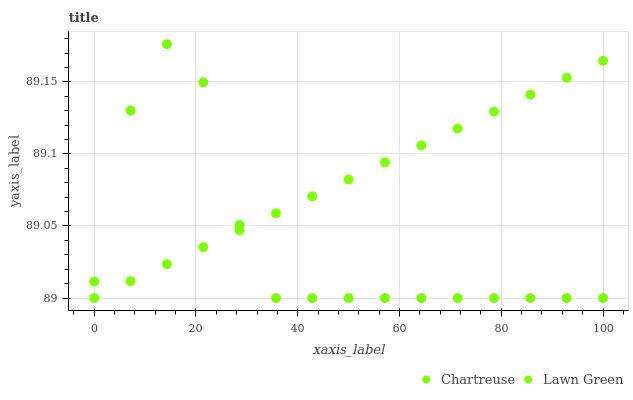
| xaxis_label | Chartreuse | Lawn Green |
 | --- | --- | --- |
 | 0 | 89 | 89 |
 | 7.14 | 89 | 89.1 |
 | 14.3 | 89 | 89.2 |
 | 21.4 | 89 | 89.1 |
 | 28.6 | 89 | 89.1 |
 | 35.7 | 89.1 | 89 |
 | 42.9 | 89.1 | 89 |
 | 50 | 89.1 | 89 |
 | 57.1 | 89.1 | 89 |
 | 64.3 | 89.1 | 89 |
 | 71.4 | 89.1 | 89 |
 | 78.6 | 89.1 | 89 |
 | 85.7 | 89.1 | 89 |
 | 92.9 | 89.2 | 89 |
 | 100 | 89.2 | 89 |